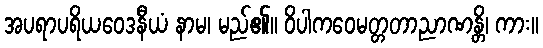
အပရာပရိယဝေဒနီယံ နာမ၊ မည်၏။ ဝိပါကဝေမတ္တတာညာဏန္တိ၊ ကား။